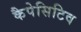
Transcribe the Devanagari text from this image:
कैपेसिटिव